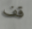
قف